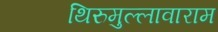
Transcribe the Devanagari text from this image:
थिरुमुल्लावाराम